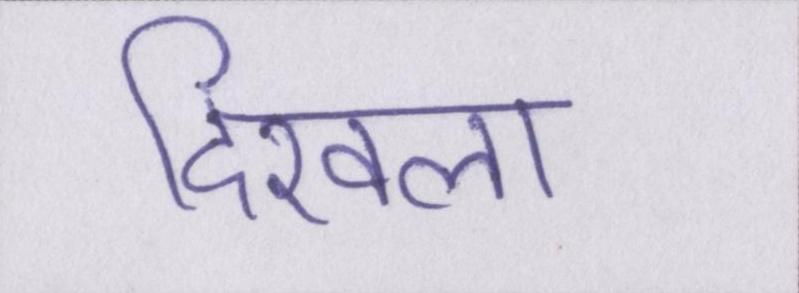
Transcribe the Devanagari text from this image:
दिखला